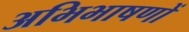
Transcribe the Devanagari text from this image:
अभिभाषणों